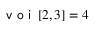
\textsf { v o i } \left[ 2 , 3 \right] = 4